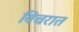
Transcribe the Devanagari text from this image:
विचरात